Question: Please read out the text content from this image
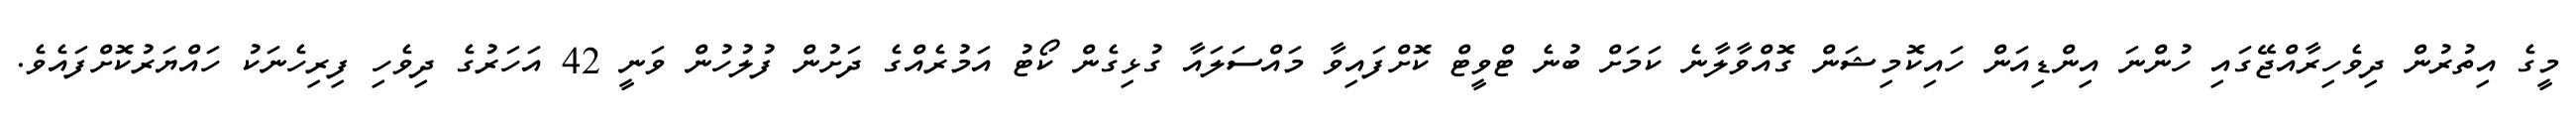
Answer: މީގެ އިތުރުން ދިވެހިރާއްޖޭގައި ހުންނަ އިންޑިއަން ހައިކޮމިޝަން ގޮއްވާލާނެ ކަމަށް ބުނެ ޓްވީޓް ކޮށްފައިވާ މައްސަލައާ ގުޅިގެން ކޯޓު އަމުރެއްގެ ދަށުން ފުލުހުން ވަނީ 42 އަހަރުގެ ދިވެހި ފިރިހެނަކު ހައްޔަރުކޮށްފައެވެ.